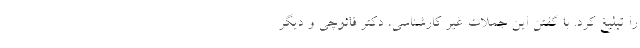
را تبلیغ کرد. با گفتن این جملات غیر کارشناسی، دکتر فائوچی و دیگر